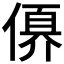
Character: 𠍩